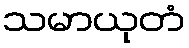
သမာယုတံ